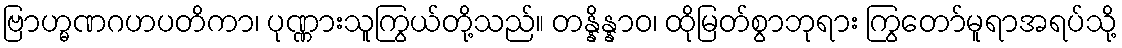
ဗြာဟ္မဏဂဟပတိကာ၊ ပုဏ္ဏားသူကြွယ်တို့သည်။ တန္နိန္နာဝ၊ ထိုမြတ်စွာဘုရား ကြွတော်မူရာအရပ်သို့